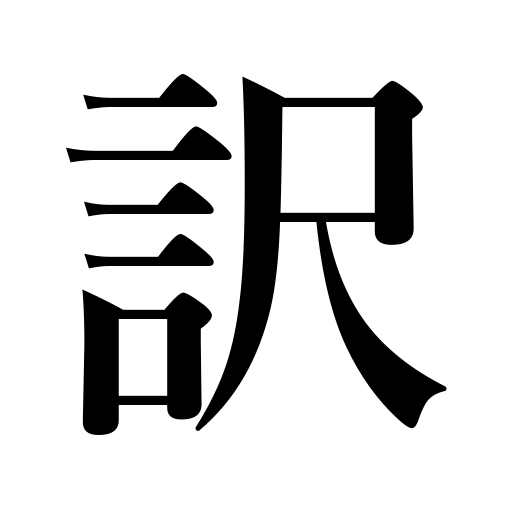
Meanings: reason,cause,understanding between them,meaning,translation,sense,the case,circumstances